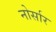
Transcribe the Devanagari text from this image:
नोर्सार